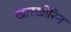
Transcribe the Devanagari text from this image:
खारखोरिन